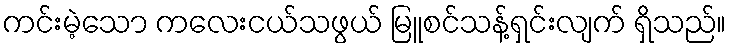
ကင်းမဲ့သော ကလေးငယ်သဖွယ် မြူစင်သန့်ရှင်းလျက် ရှိသည်။